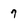
Character: 7